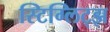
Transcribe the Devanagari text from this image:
स्टिग्लिट्झ